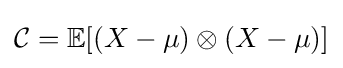
{\mathcal {C}}=\mathbb {E} [(X-\mu )\otimes (X-\mu )]